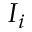
I _ { i }